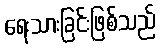
ရေးသားခြင်းဖြစ်သည်